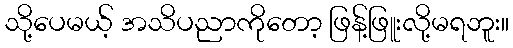
သို့ပေမယ့် အသိပညာကိုတော့ ဖြန့်ဖြူးလို့မရဘူး။